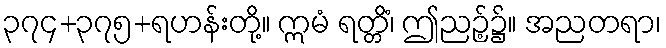
၃၇၄+၃၇၅+ရဟန်းတို့။ ဣမံ ရတ္တိံ၊ ဤညဉ့်၌။ အညတရာ၊